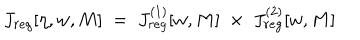
LaTeX: J _ { r e g } [ \eta , w , M ] \; = \; J _ { r e g } ^ { ( 1 ) } [ w , M ] \; \times \; J _ { r e g } ^ { ( 2 ) } [ w , M ]